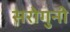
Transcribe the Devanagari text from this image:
सरोगुनी